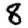
Digit: 8